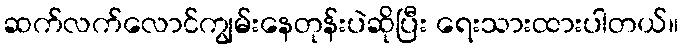
ဆက်လက်လောင်ကျွမ်းနေတုန်းပဲဆိုပြီး ရေးသားထားပါတယ်။